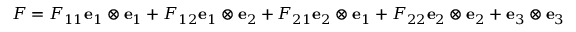
{ \boldsymbol { F } } = F _ { 1 1 } \mathbf { e } _ { 1 } \otimes \mathbf { e } _ { 1 } + F _ { 1 2 } \mathbf { e } _ { 1 } \otimes \mathbf { e } _ { 2 } + F _ { 2 1 } \mathbf { e } _ { 2 } \otimes \mathbf { e } _ { 1 } + F _ { 2 2 } \mathbf { e } _ { 2 } \otimes \mathbf { e } _ { 2 } + \mathbf { e } _ { 3 } \otimes \mathbf { e } _ { 3 }